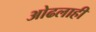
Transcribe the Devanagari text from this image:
ओढलाही